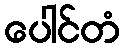
ပေါင်တံ